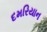
દમરિયાન